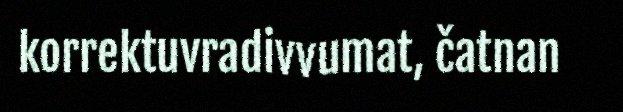
korrektuvradivvumat, čatnan